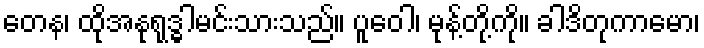
တေန၊ ထိုအနုရုဒ္ဓါမင်းသားသည်။ ပူဝေါ၊ မုန့်တို့ကို။ ခါဒိတုကာမော၊